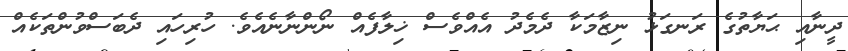
ދީނާއި ޙަޔާތުގެ ރަނގަޅު ނިޒާމަކާ ދެމެދު އެއްވެސް ޚިލާފެއް ނޯންނާނެއެވެ. ހުރިހައި ދެބަސްވުންތަކެއް